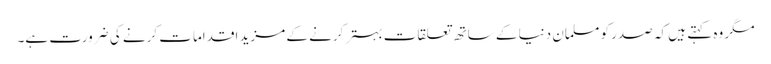
مگر وہ کہتے ہیں کہ صدر کو مسلمان دنیا کے ساتھ تعلقات بہتر کرنے کے مزید اقدامات کرنے کی ضرورت ہے۔